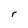
Character: r